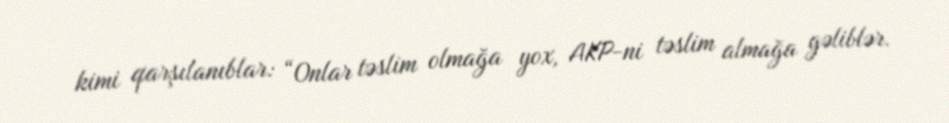
kimi qarşılanıblar: “Onlar təslim olmağa yox, AKP-ni təslim almağa gəliblər.